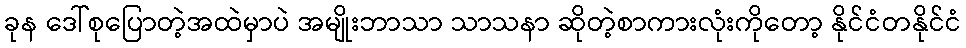
ခုန ဒေါ်စုပြောတဲ့အထဲမှာပဲ အမျိုးဘာသာ သာသနာ ဆိုတဲ့စာကားလုံးကိုတော့ နိုင်ငံတနိုင်ငံ